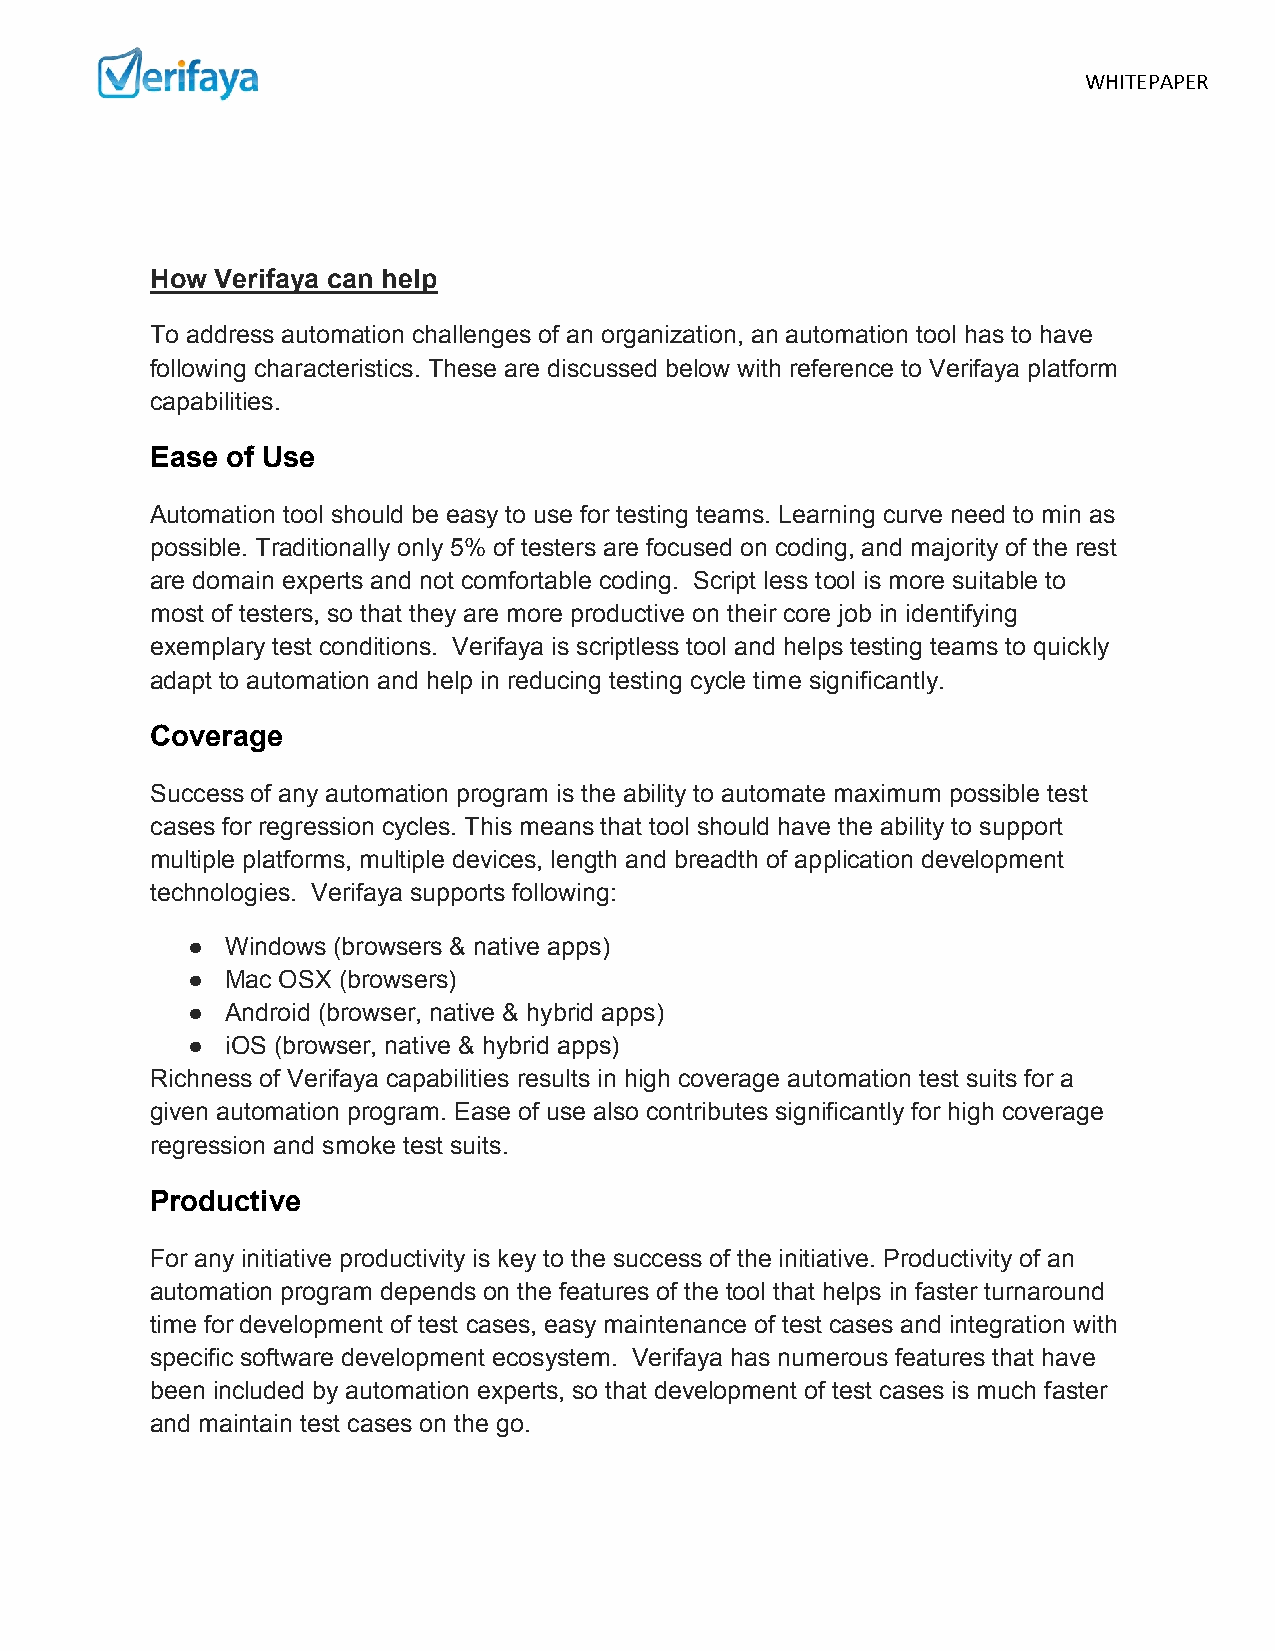
WHITEPAPER
 How Verifaya can help
 To address automation challenges of an organization, an automation tool has to have
 following characteristics. These are discussed below with reference to Verifaya platform
 capabilities.
 Ease of Use
 Automation tool should be easy to use for testing teams. Learning curve need to min as
 possible. Traditionally only 5% of testers are focused on coding, and majority of the rest
 are domain experts and not comfortable coding. Script less tool is more suitable to
 most of testers, so that they are more productive on their core job in identifying
 exemplary test conditions. Verifaya is scriptless tool and helps testing teams to quickly
 adapt to automation and help in reducing testing cycle time significantly.
 Coverage
 Success of any automation program is the ability to automate maximum possible test
 cases for regression cycles. This means that tool should have the ability to support
 multiple platforms, multiple devices, length and breadth of application development
 technologies. Verifaya supports following:
 ●  Windows (browsers & native apps)
 ●  Mac OSX (browsers)
 ●  Android (browser, native & hybrid apps)
 ●  iOS (browser, native & hybrid apps)
 Richness of Verifaya capabilities results in high coverage automation test suits for a
 given automation program. Ease of use also contributes significantly for high coverage
 regression and smoke test suits.
 Productive
 For any initiative productivity is key to the success of the initiative. Productivity of an
 automation program depends on the features of the tool that helps in faster turnaround
 time for development of test cases, easy maintenance of test cases and integration with
 specific software development ecosystem. Verifaya has numerous features that have
 been included by automation experts, so that development of test cases is much faster
 and maintain test cases on the go.